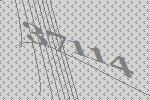
37114